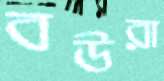
বউরা